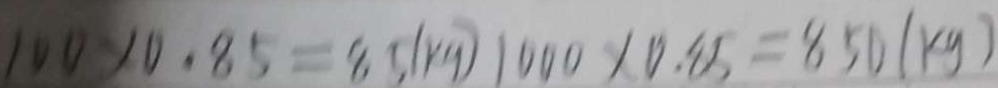
1 0 0 \times 0 . 8 5 = 8 5 ( k g ) 1 0 0 0 \times 0 . 8 5 = 8 5 0 ( k g )